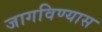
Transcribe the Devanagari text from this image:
जागविण्यास